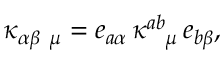
\kappa _ { \alpha \beta \ \mu } = e _ { a \alpha } \, \kappa _ { \ \ \mu } ^ { a b } \, e _ { b \beta } ,